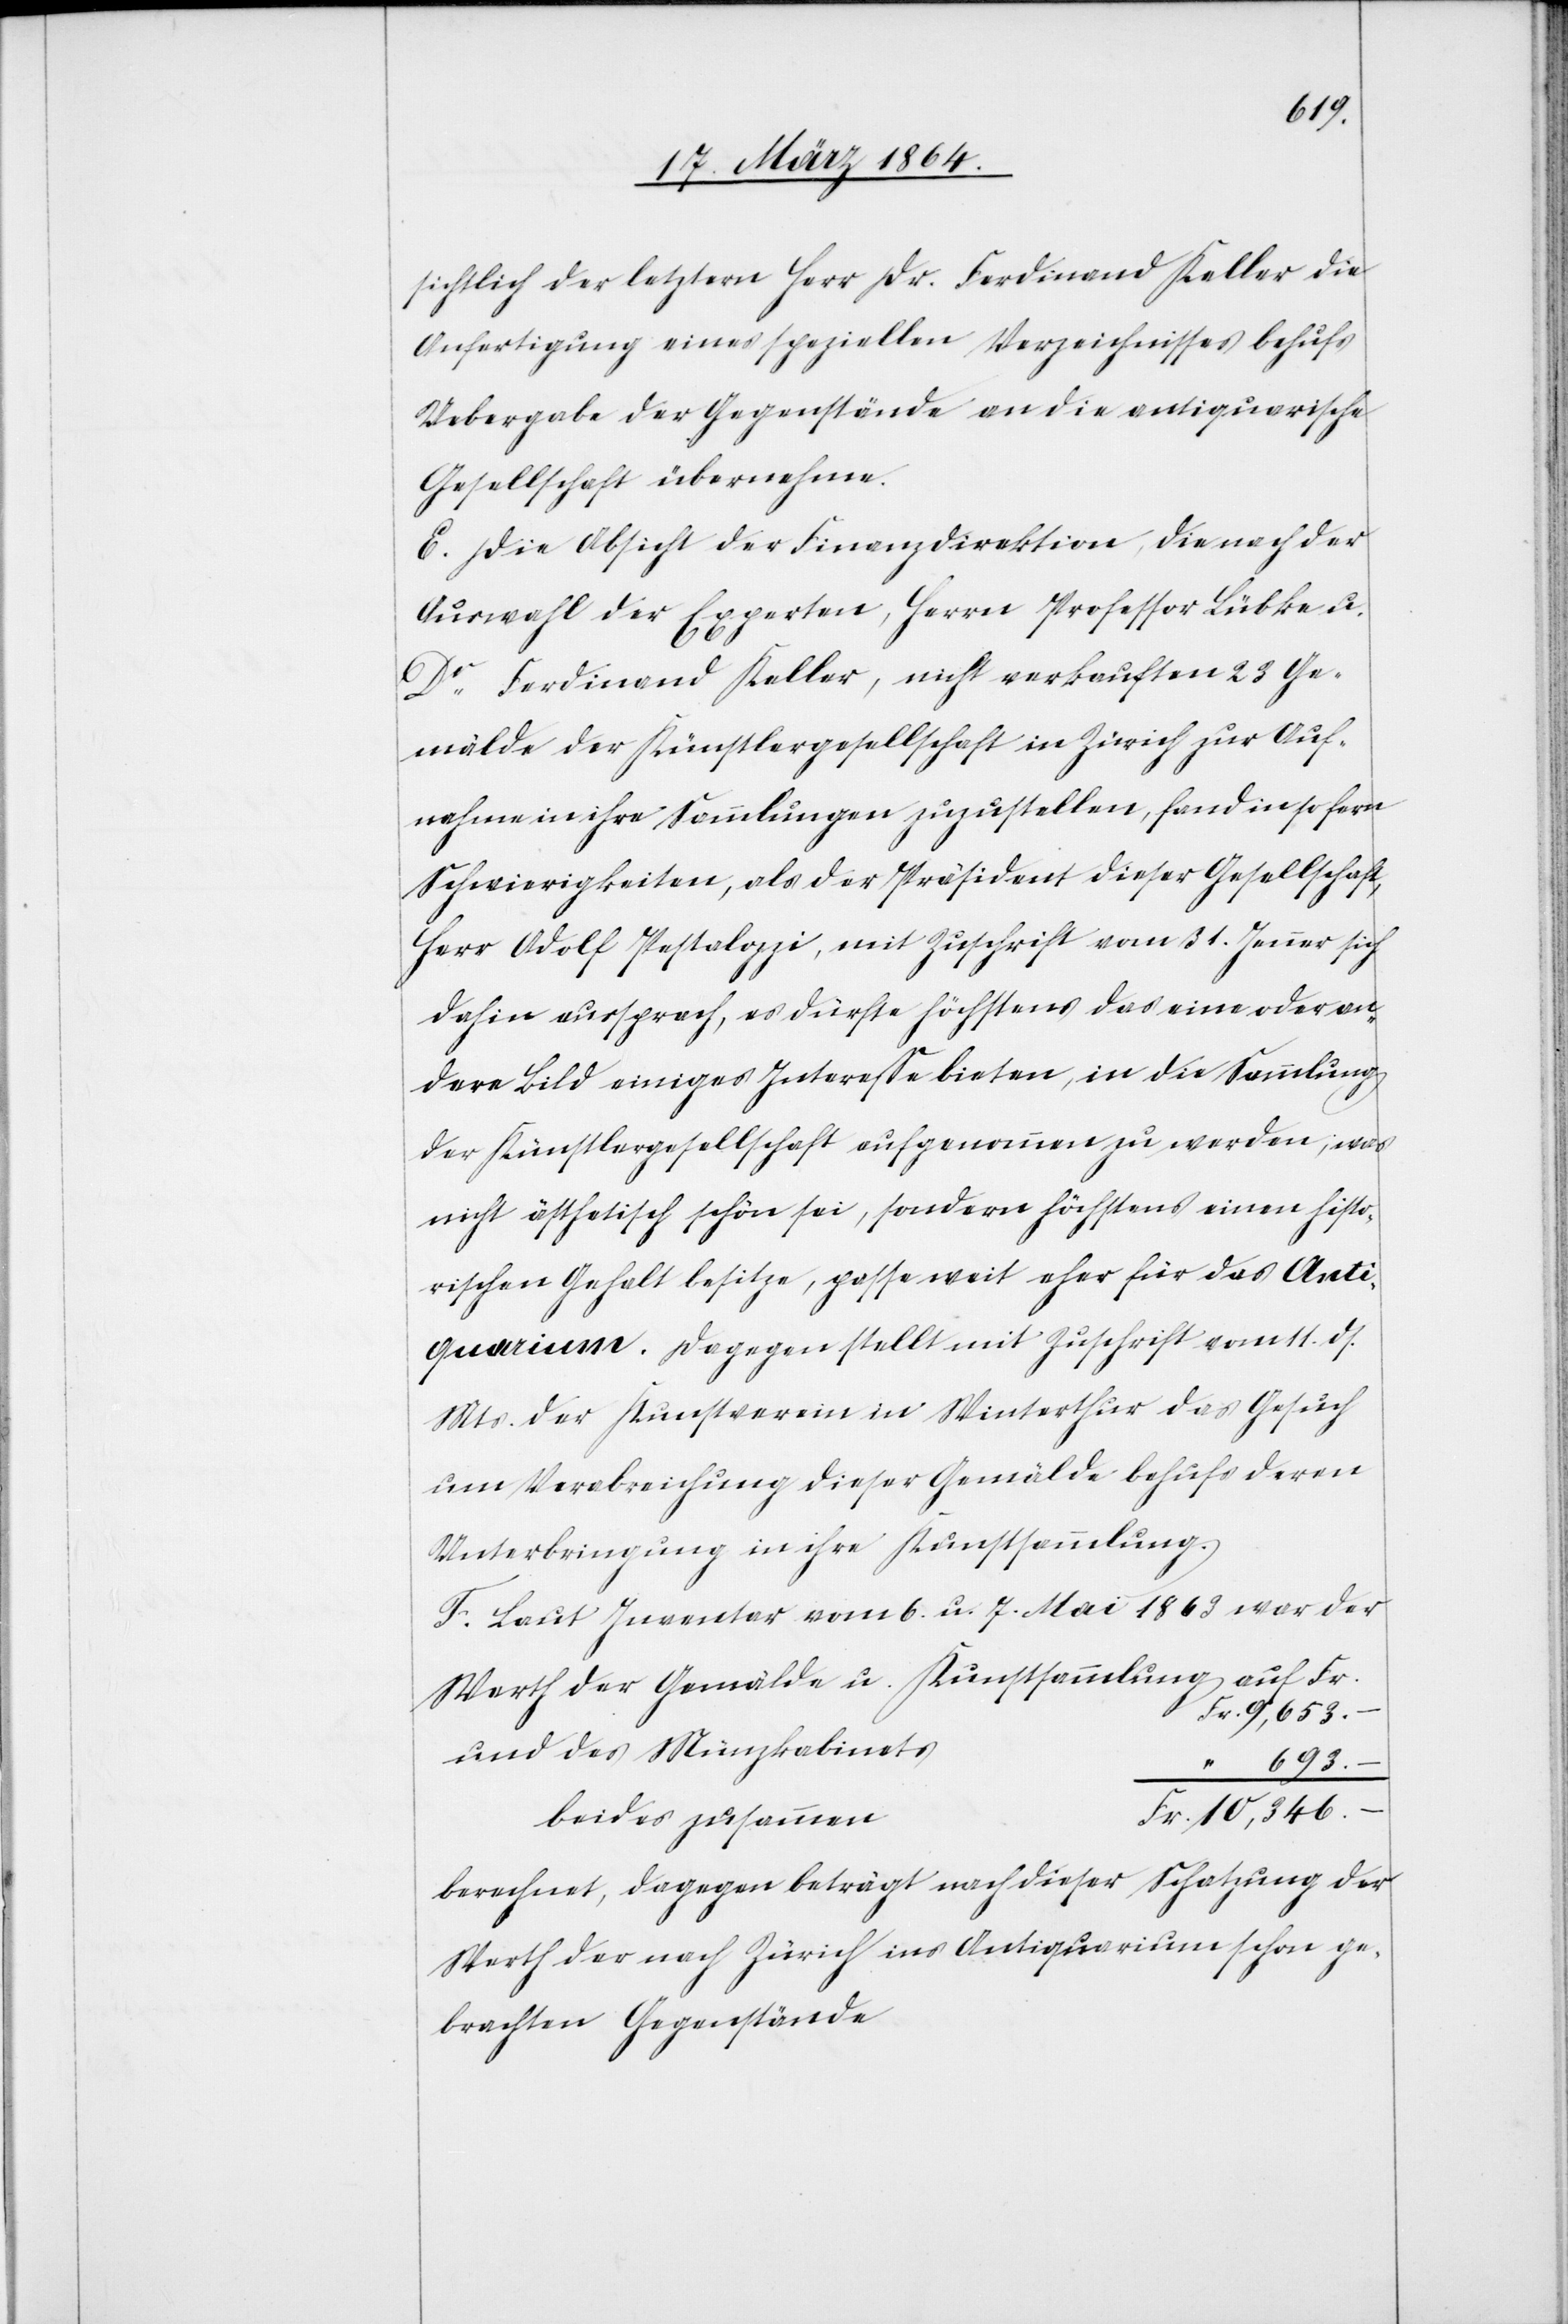
sichtlich der letztern Herr Dr. Ferdinand Keller die
Anfertigung eines speziellen Verzeichnisses behufs
Uebergabe der Gegenstände an die antiquarische
Gesellschaft übernehme.
E. Die Absicht der Finanzdirektion, die nach der
Auswahl der Experten, Herrn Professor Lübke u.
Dr Ferdinand Keller, nicht verkauften 23 Ge¬
mälde der Künstlergesellschaft in Zürich zur Auf¬
nahme in ihre Sammlungen zuzustellen, fand insofern
Schwierigkeiten, als der Präsident dieser Gesellschaft,
Herr Adolf Pestalozzi, mit Zuschrift vom 31. Jenner sich
dahin aussprach, es dürfte höchstens das eine oder an¬
dere Bild einiges Interesse bieten, in die Sammlung
der Künstlergesellschaft aufgenommen zu werden; was
nicht ästhetisch schön sei, sondern höchstens einen histo¬
rischen Gehalt besitze, passe weit eher für das Anti¬
quarium. Dagegen stellt mit Zuschrift vom 11. ds.
Mts. der Kunstverein in Winterthur das Gesuch
um Verabreichung dieser Gemälde behufs deren
Unterbringung in ihre Kunstsammlung.
F. Laut Inventar vom 6. u. 7. Mai 1863 war der
Werth der Gemälde u. Kunstsammlung auf
Fr. 9,653.–
und des Münzkabinett¬
693.–
“
berechnet, dagegen beträgt nach dieser Schatzung der
Werth der nach Zürich ins Antiquarium schon ge¬
brachten Gegenstände